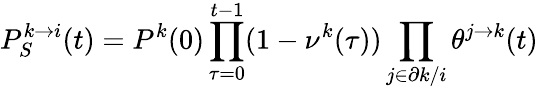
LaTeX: P_{S}^{k\to i}(t)=P^{k}(0)\prod_{\tau=0}^{t-1}(1-\nu^{k}(\tau))\prod_{j\in\partial k/i}\theta^{j\to k}(t)